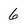
Character: 6